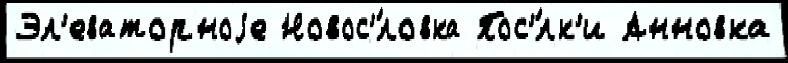
Эл'еваторноjе Новос'́ловка Пос'́лк'и Анновка